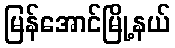
မြန်အောင်မြို့နယ်